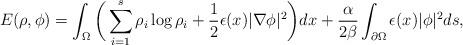
LaTeX: \begin{align*} E(\rho, \phi)= \int_{\Omega}\bigg( \sum_{i=1}^s \rho_i\log \rho_i+\frac{1}{2}\epsilon(x)|\nabla \phi|^2 \bigg )d x+\frac{\alpha}{2\beta} \int_{\partial\Omega} \epsilon(x)|\phi|^2ds, \end{align*}